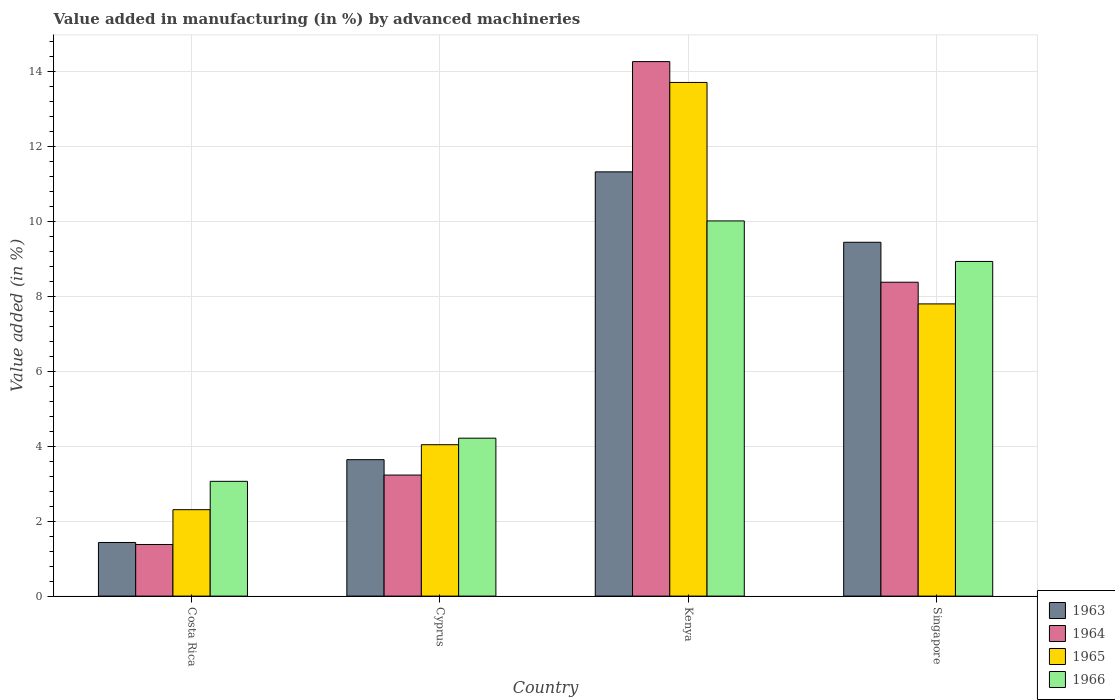
| Country | 1963 | 1964 | 1965 | 1966 |
 | --- | --- | --- | --- | --- |
 | Costa Rica | 1.43 | 1.38 | 2.31 | 3.06 |
 | Cyprus | 3.64 | 3.23 | 4.04 | 4.22 |
 | Kenya | 11.3 | 14.3 | 13.7 | 10 |
 | Singapore | 9.44 | 8.38 | 7.8 | 8.93 |